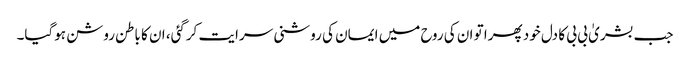
جب بشریٰ بی بی کا دل خود پھرا تو ان کی روح میں ایمان کی روشنی سرایت کرگئی، ان کا باطن روشن ہوگیا۔